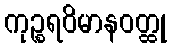
ကုဉ္စရဝိမာနဝတ္ထု